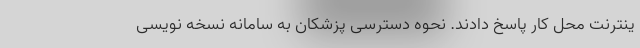
ینترنت محل کار پاسخ دادند. نحوه دسترسی پزشکان به سامانه نسخه نویسی